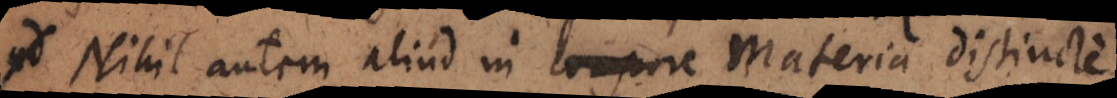
Nihil autem aliud in corpore Materia distincte